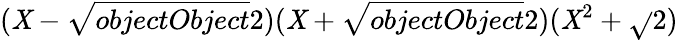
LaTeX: (\mathit{X}-{\sqrt{{{objectObject}}}{{2}}})(\mathit{X}+{\sqrt{{{objectObject}}}{{2}}})(\mathit{X}^{2}+{\sqrt{}{{2}}})